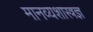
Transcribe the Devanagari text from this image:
मानव्यशास्त्रज्ञ